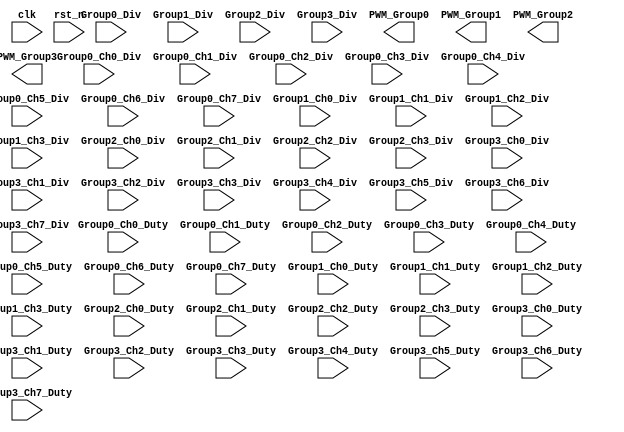
/*
 * Path: d:\SelfDoc\General-Robot-Control-Unit\rtl
 * Created Date: Tuesday, October 19th 2021, 2:54:43 pm
 * 
 * Copyright (c) 2021 Harold Zhao
 */

module PWM_Ctrl#(
    parameter freq = 100
)
(
    input wire clk,
    input wire rst_n,

    input wire [63:0] Group0_Div,
    input wire [31:0] Group1_Div,
    input wire [31:0] Group2_Div,
    input wire [31:0] Group3_Div,

    input wire [63:0] Group0_Ch0_Div,
    input wire [63:0] Group0_Ch1_Div,
    input wire [63:0] Group0_Ch2_Div,
    input wire [63:0] Group0_Ch3_Div,
    input wire [63:0] Group0_Ch4_Div,
    input wire [63:0] Group0_Ch5_Div,
    input wire [63:0] Group0_Ch6_Div,
    input wire [63:0] Group0_Ch7_Div,

    input wire [63:0] Group1_Ch0_Div,
    input wire [63:0] Group1_Ch1_Div,
    input wire [63:0] Group1_Ch2_Div,
    input wire [63:0] Group1_Ch3_Div,

    input wire [63:0] Group2_Ch0_Div,
    input wire [63:0] Group2_Ch1_Div,
    input wire [63:0] Group2_Ch2_Div,
    input wire [63:0] Group2_Ch3_Div,

    input wire [31:0] Group3_Ch0_Div,
    input wire [31:0] Group3_Ch1_Div,
    input wire [31:0] Group3_Ch2_Div,
    input wire [31:0] Group3_Ch3_Div,
    input wire [31:0] Group3_Ch4_Div,
    input wire [31:0] Group3_Ch5_Div,
    input wire [31:0] Group3_Ch6_Div,
    input wire [31:0] Group3_Ch7_Div,

    input wire [63:0] Group0_Ch0_Duty,
    input wire [63:0] Group0_Ch1_Duty,
    input wire [63:0] Group0_Ch2_Duty,
    input wire [63:0] Group0_Ch3_Duty,
    input wire [63:0] Group0_Ch4_Duty,
    input wire [63:0] Group0_Ch5_Duty,
    input wire [63:0] Group0_Ch6_Duty,
    input wire [63:0] Group0_Ch7_Duty,

    input wire [63:0] Group1_Ch0_Duty,
    input wire [63:0] Group1_Ch1_Duty,
    input wire [63:0] Group1_Ch2_Duty,
    input wire [63:0] Group1_Ch3_Duty,

    input wire [63:0] Group2_Ch0_Duty,
    input wire [63:0] Group2_Ch1_Duty,
    input wire [63:0] Group2_Ch2_Duty,
    input wire [63:0] Group2_Ch3_Duty,

    input wire [31:0] Group3_Ch0_Duty,
    input wire [31:0] Group3_Ch1_Duty,
    input wire [31:0] Group3_Ch2_Duty,
    input wire [31:0] Group3_Ch3_Duty,
    input wire [31:0] Group3_Ch4_Duty,
    input wire [31:0] Group3_Ch5_Duty,
    input wire [31:0] Group3_Ch6_Duty,
    input wire [31:0] Group3_Ch7_Duty,

    output wire [7:0] PWM_Group0,
    output wire [3:0] PWM_Group1,
    output wire [3:0] PWM_Group2,
    output wire [7:0] PWM_Group3
);
    //=======================================
    // Division Data Cache
    //=======================================
    //---------------------------------------
    // Group Division Cache
    //---------------------------------------
    reg [63:0] Group0_Div_Curr;
    reg [63:0] Group1_Div_Curr;
    reg [63:0] Group2_Div_Curr;
    reg [31:0] Group3_Div_Curr;
    //---------------------------------------
    // Group0 Division Cache
    //---------------------------------------
    reg [63:0] Group0_Ch0_Div_Curr;
    reg [63:0] Group0_Ch1_Div_Curr;
    reg [63:0] Group0_Ch2_Div_Curr;
    reg [63:0] Group0_Ch3_Div_Curr;
    reg [63:0] Group0_Ch4_Div_Curr;
    reg [63:0] Group0_Ch5_Div_Curr;
    reg [63:0] Group0_Ch6_Div_Curr;
    reg [63:0] Group0_Ch7_Div_Curr;
    //---------------------------------------
    // Group1 Division Cache
    //---------------------------------------
    reg [63:0] Group1_Ch0_Div_Curr;
    reg [63:0] Group1_Ch1_Div_Curr;
    reg [63:0] Group1_Ch2_Div_Curr;
    reg [63:0] Group1_Ch3_Div_Curr;
    //---------------------------------------
    // Group2 Division Cache
    //---------------------------------------
    reg [63:0] Group2_Ch0_Div_Curr;
    reg [63:0] Group2_Ch1_Div_Curr;
    reg [63:0] Group2_Ch2_Div_Curr;
    reg [63:0] Group2_Ch3_Div_Curr;
    //---------------------------------------
    // Group3 Division Cache
    //---------------------------------------
    reg [63:0] Group3_Ch0_Div_Curr;
    reg [63:0] Group3_Ch1_Div_Curr;
    reg [63:0] Group3_Ch2_Div_Curr;
    reg [63:0] Group3_Ch3_Div_Curr;
    reg [63:0] Group3_Ch4_Div_Curr;
    reg [63:0] Group3_Ch5_Div_Curr;
    reg [63:0] Group3_Ch6_Div_Curr;
    reg [63:0] Group3_Ch7_Div_Curr;
    //=======================================
    // Group frequency division
    //=======================================
    always @(posedge clk ) begin
        if(!rst_n)
        begin
            
        end
    end

endmodule